Civil Veterinary Department. Madras. Admin. report 1926-33 - 1926-1933
Year: 1926
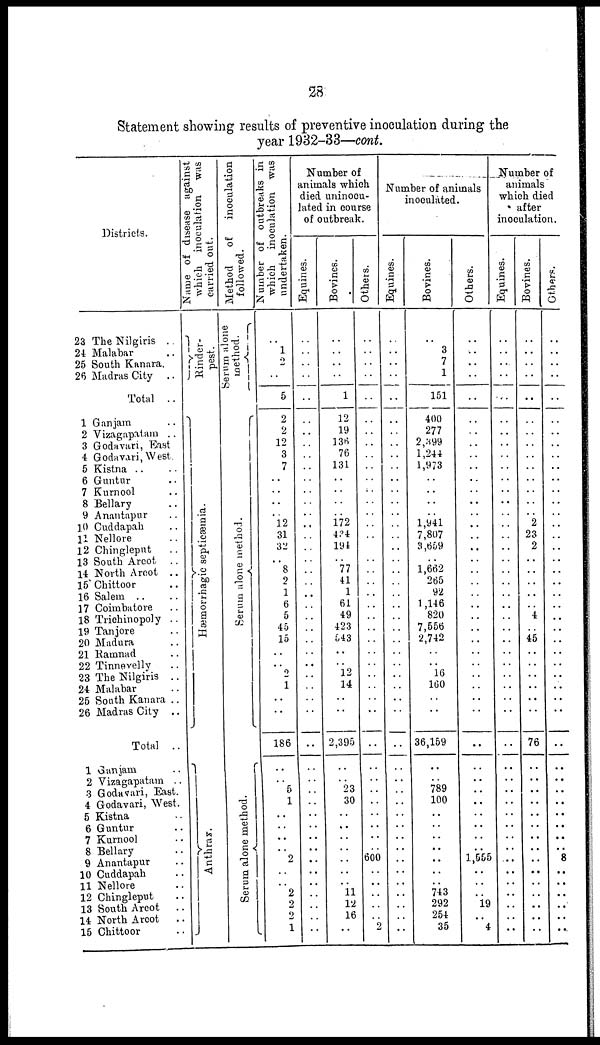
28
Statement showing results of preventive inoculation during the
year 1932-33—cont.
Districts.
23 The Nilgiris ..
24 Malabar ..
25 South Kanara.
26 Madras City ..
Total ..
1 Ganjam ..
2 Vizagapatam ..
3 Godavari, East
4 Godavari, West.
5 Kistna .. ..
6 Guntur ..
7 Kurnool ..
8 Bellary ..
9 Anantapnr ..
10 Cuddapah ..
11 Nellore ..
12 Chingleput ..
13 South Arcot ..
14 North Arcot ..
15 Chittoor ..
16 Salem .. ..
17 Coimbatore ..
18 Trichinopoly ..
19 Tanjore ..
20 Madura ..
21 Ramnad ..
22 Tinnevelly ..
23 The Nilgiris ..
24 Malabar ..
25 South Kanara ..
26 Madras City ..
Total ..
1 Ganjam ..
2 Vizagapatam ..
3 Godavari, East.
4 Godavari, West.
5 Kistna ..
6 Guntur ..
7 Kurnool ..
8 Bellary ..
9 Anantapur ..
10 Cuddapah ..
11 Nellore ..
12 Chingleput ..
13 South Arcot ..
14 North Arcot ..
15 Chittoor ..
Name of disease against
which inoculation was
carried out.
Rinder-
pest.
Hæmorrhagic septicæmia.
Anthrax.
Method
of
inoculation
followed.
Serum alone
method.
Serum alone method.
Serum alone method.
Number of outbreaks in
which inoculation was
undertaken.
..
1
..
..
5
2
2
12
3
7
..
..
..
l2
31
32
..
8
2
1
6
5
45
15
..
..
..
1
..
..
186
..
.. 5
1
..
..
..
..
2
..
..
2
2
2
1
Number of
animals which
died uninocu-
lated in course
of outbreak.
Equines.
..
..
..
..
..
..
..
..
..
..
..
..
..
..
..
..
..
..
..
..
..
..
..
..
..
..
..
..
..
..
..
..
..
..
..
..
..
..
..
..
..
..
..
Bovines.
..
..
..
..
1
12
19
136
76
131
..
..
..
172
424
194
..
77
41
1
61
49
423
543
..
..
12
14
..
..
2,395
23
30
..
..
..
..
11
12
16
..
Others.
..
..
..
..
..
..
..
..
..
..
..
..
..
..
..
..
..
..
..
..
..
..
..
..
..
..
..
..
..
..
..
..
..
600
..
..
..
..
Number of animals
inoculated.
Equines.
..
..
..
..
..
..
..
..
..
..
..
..
..
..
..
..
..
..
..
..
..
..
..
..
..
..
..
..
..
..
..
..
..
..
..
..
..
..
Bovines.
..
3
7
1
151
400
277
2,399
1,244
1,973
..
..
..
1,941
7,807
3,659
..
1,662
265
92
1,146
820
7,556
2,742
..
..
16
160
..
..
36,159
..
789
100
..
..
..
..
743
292
254
..
Others.
..
..
..
..
..
..
..
..
..
..
..
..
..
..
..
..
..
..
..
..
..
..
..
..
..
..
..
..
..
..
..
..
..
..
..
1,555
19
..
4
Number of
animals
which died
after
inoculation.
Equines.
..
..
..
..
..
..
..
..
..
..
..
..
..
..
..
..
..
..
..
..
..
..
..
..
..
..
..
..
..
..
..
..
..
..
..
..
..
Bovines.
..
..
..
..
..
..
..
..
..
..
..
..
..
2
23
2
..
..
..
..
..
4
..
45
..
..
..
..
..
..
76
..
..
..
..
..
..
..
..
..
..
Others.
..
..
..
..
..
..
..
..
..
..
..
..
..
..
..
..
..
..
..
..
..
..
..
..
..
..
..
..
..
..
..
..
..
..
..
..
..
8
..
..
..
..